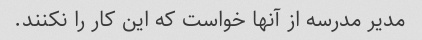
مدیر مدرسه از آنها خواست که این کار را نکنند.